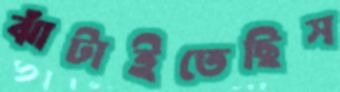
ঝাঁটাইতেছিস